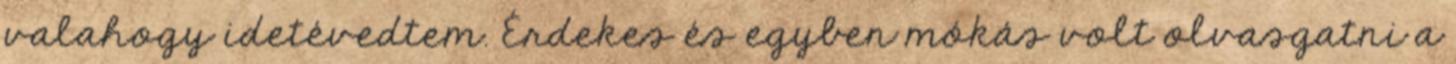
valahogy idetévedtem. Érdekes és egyben mókás volt olvasgatni a